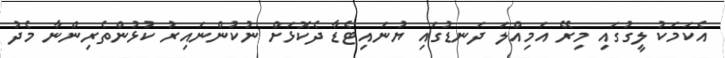
އެކަމަކު ލީގުގައި މިރޭ އަމިއްލަ ދަނޑުގައި ޔުނައިޓެޑާ ދެކޮޅަށް ނުކުންނައިރު ކުޅުންތެރިންނާ މެދު